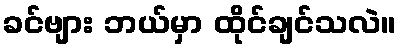
ခင်ဗျား ဘယ်မှာ ထိုင်ချင်သလဲ။